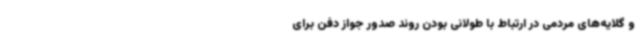
و گلایه‌های مردمی در ارتباط با طولانی بودن روند صدور جواز دفن برای